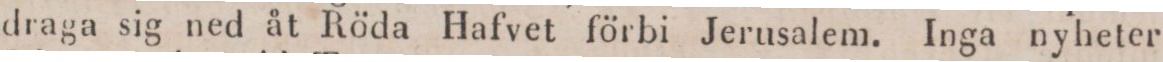
draga sig ned åt Röda Hafvet förbi Jerusalem. Inga nyheter